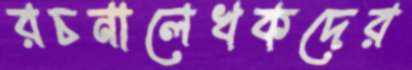
রচনালেখকদের